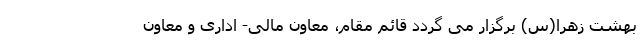
بهشت زهرا(س) برگزار می گردد قائم مقام، معاون مالی- اداری و معاون